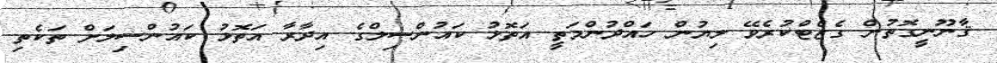
ޤާނޫނީގޮތުން ގެޒެޓްކުރެވޭ ލިޔުން ހައްދުންމަތީ އަތޮޅު ކައުންސިލްގެ އިދާރާ އަތޮޅު ކައުންސިލަށް ތަކެތި